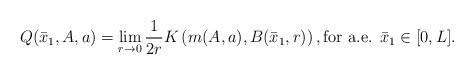
LaTeX: \begin{align*}Q(\bar{x}_1,A,a) =\lim_{r \to 0}\frac{1}{2r}K\left(m(A,a),B(\bar{x}_1,r)\right), \textrm{for a.e. } \bar{x}_1 \in [0,L].\end{align*}